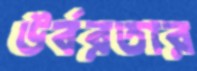
উর্বরতার